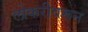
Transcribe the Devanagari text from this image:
लोकरीवरून